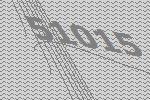
51015